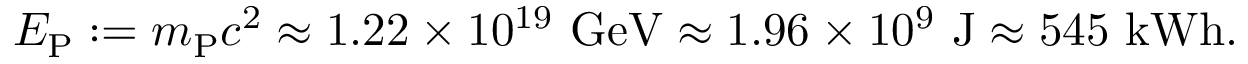
E _ { \mathrm { P } } : = m _ { \mathrm { P } } c ^ { 2 } \approx 1 . 2 2 \times 1 0 ^ { 1 9 } \ \mathrm { G e V } \approx 1 . 9 6 \times 1 0 ^ { 9 } \ \mathrm { J } \approx 5 4 5 \ \mathrm { k W h } .